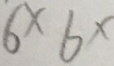
6 \times 6 ^ { x }